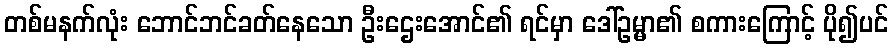
တစ်မနက်လုံး ဘောင်ဘင်ခတ်နေသော ဦးဌေးအောင်၏ ရင်မှာ ဒေါ်ဥမ္မာ၏ စကားကြောင့် ပို၍ပင်